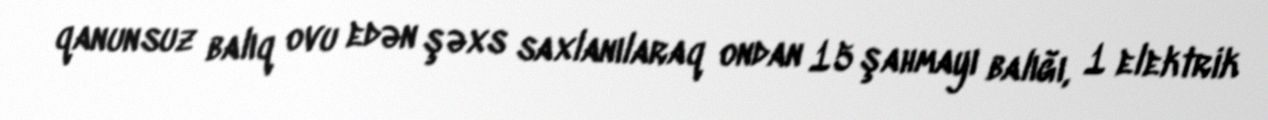
qanunsuz balıq ovu edən şəxs saxlanılaraq ondan 15 şahmayı balığı, 1 elektrik